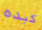
كبده